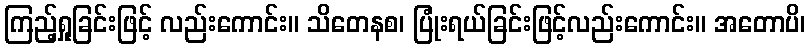
ကြည့်ရှုခြင်းဖြင့် လည်းကောင်း။ သိတေနစ၊ ပြုံးရယ်ခြင်းဖြင့်လည်းကောင်း။ အတောပိ၊